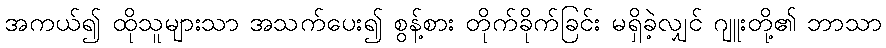
အကယ်၍ ထိုသူများသာ အသက်ပေး၍ စွန့်စား တိုက်ခိုက်ခြင်း မရှိခဲ့လျှင် ဂျူးတို့၏ ဘာသာ